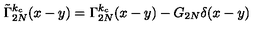
\tilde { \Gamma } _ { 2 N } ^ { k _ { c } } ( x - y ) = \Gamma _ { 2 N } ^ { k _ { c } } ( x - y ) - G _ { 2 N } \delta ( x - y )